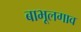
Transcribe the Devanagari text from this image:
बाभूलगाव